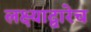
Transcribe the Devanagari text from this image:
लक्ष्याद्वारेच